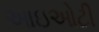
આઇઓટી